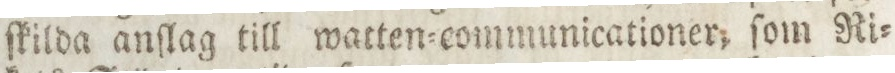
ſkilda anſlag till watten=communicationer, ſom Ri=